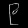
Digit: ၉